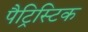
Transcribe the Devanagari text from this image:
पैट्रिस्टिक